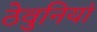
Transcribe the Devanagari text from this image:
ठेवुनियां